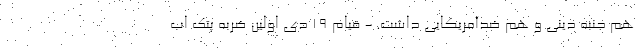
هم جنبه دینی و هم ضدآمریکایی داشت. - قیام ۱۹ دی اولین ضربه پتک اب